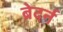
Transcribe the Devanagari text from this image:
ब्रेदर्न